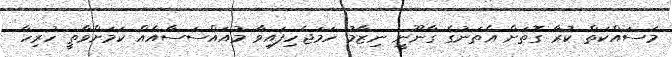
މަސައްކަތް ކުރާ ގޮތަށް އެތަނުގެ ގާނޫނީ ނިޒާމު ހަމަޖެހިފައިވާ މުއައްސަސާއެއް ކަމަށްވާތީ ހުރިހާ